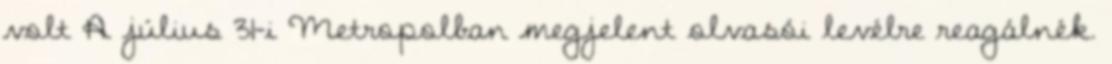
volt A július 31-i Metropolban megjelent olvasói levélre reagálnék.